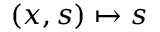
( x , s ) \mapsto s